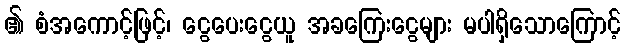
၏ စံအကောင့်ဖြင့်၊ ငွေပေးငွေယူ အခကြေးငွေများ မပါရှိသောကြောင့်